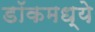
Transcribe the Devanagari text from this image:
डॉकमध्ये